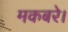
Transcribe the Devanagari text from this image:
मकबरे।